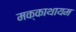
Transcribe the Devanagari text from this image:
मक्काथायम